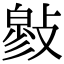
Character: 𢿉